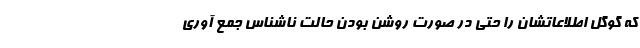
که گوگل اطلاعاتشان را حتی در صورت روشن بودن حالت ناشناس جمع آوری